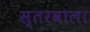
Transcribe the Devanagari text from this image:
स्तरवाला